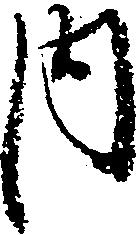
内